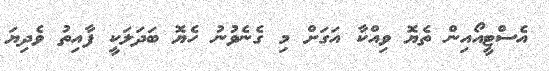
އެސްޓީއޯއިން ތެޔޮ ވިއްކާ އަގަށް މި ގެނެވުނު ހެޔޮ ބަދަލަކީ ފާއިތު ވެދިޔަ